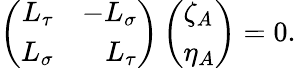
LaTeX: \left(\begin{array}{rr}{{L_{\tau}}}&{{-L_{\sigma}}}\\ {{L_{\sigma}}}&{{L_{\tau}}}\end{array}\right)\left(\begin{array}{l}{{\zeta_{A}}}\\ {{\eta_{A}}}\end{array}\right)=0.